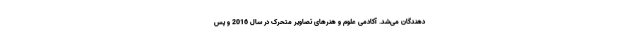
دهندگان می‌شد. آکادمی علوم و هنرهای تصاویر متحرک در سال 2016 و پس